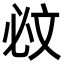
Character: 𣁉